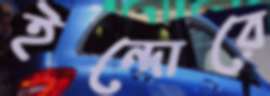
ইন্দোরে